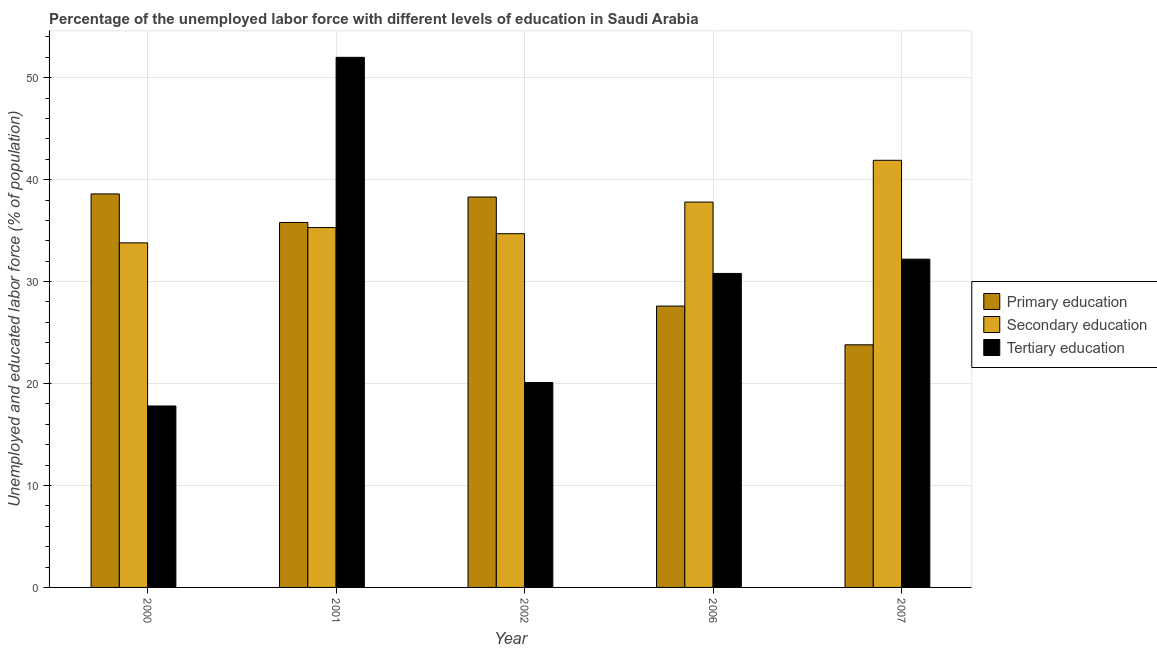
| Year | Primary education | Secondary education | Tertiary education |
 | --- | --- | --- | --- |
 | 2000 | 38.6 | 33.8 | 17.8 |
 | 2001 | 35.8 | 35.3 | 52 |
 | 2002 | 38.3 | 34.7 | 20.1 |
 | 2006 | 27.6 | 37.8 | 30.8 |
 | 2007 | 23.8 | 41.9 | 32.2 |